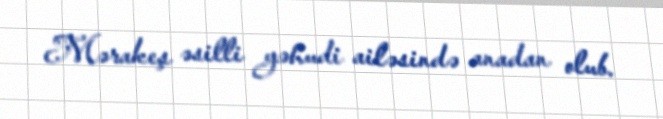
Mərakeş əsilli yəhudi ailəsində anadan olub.